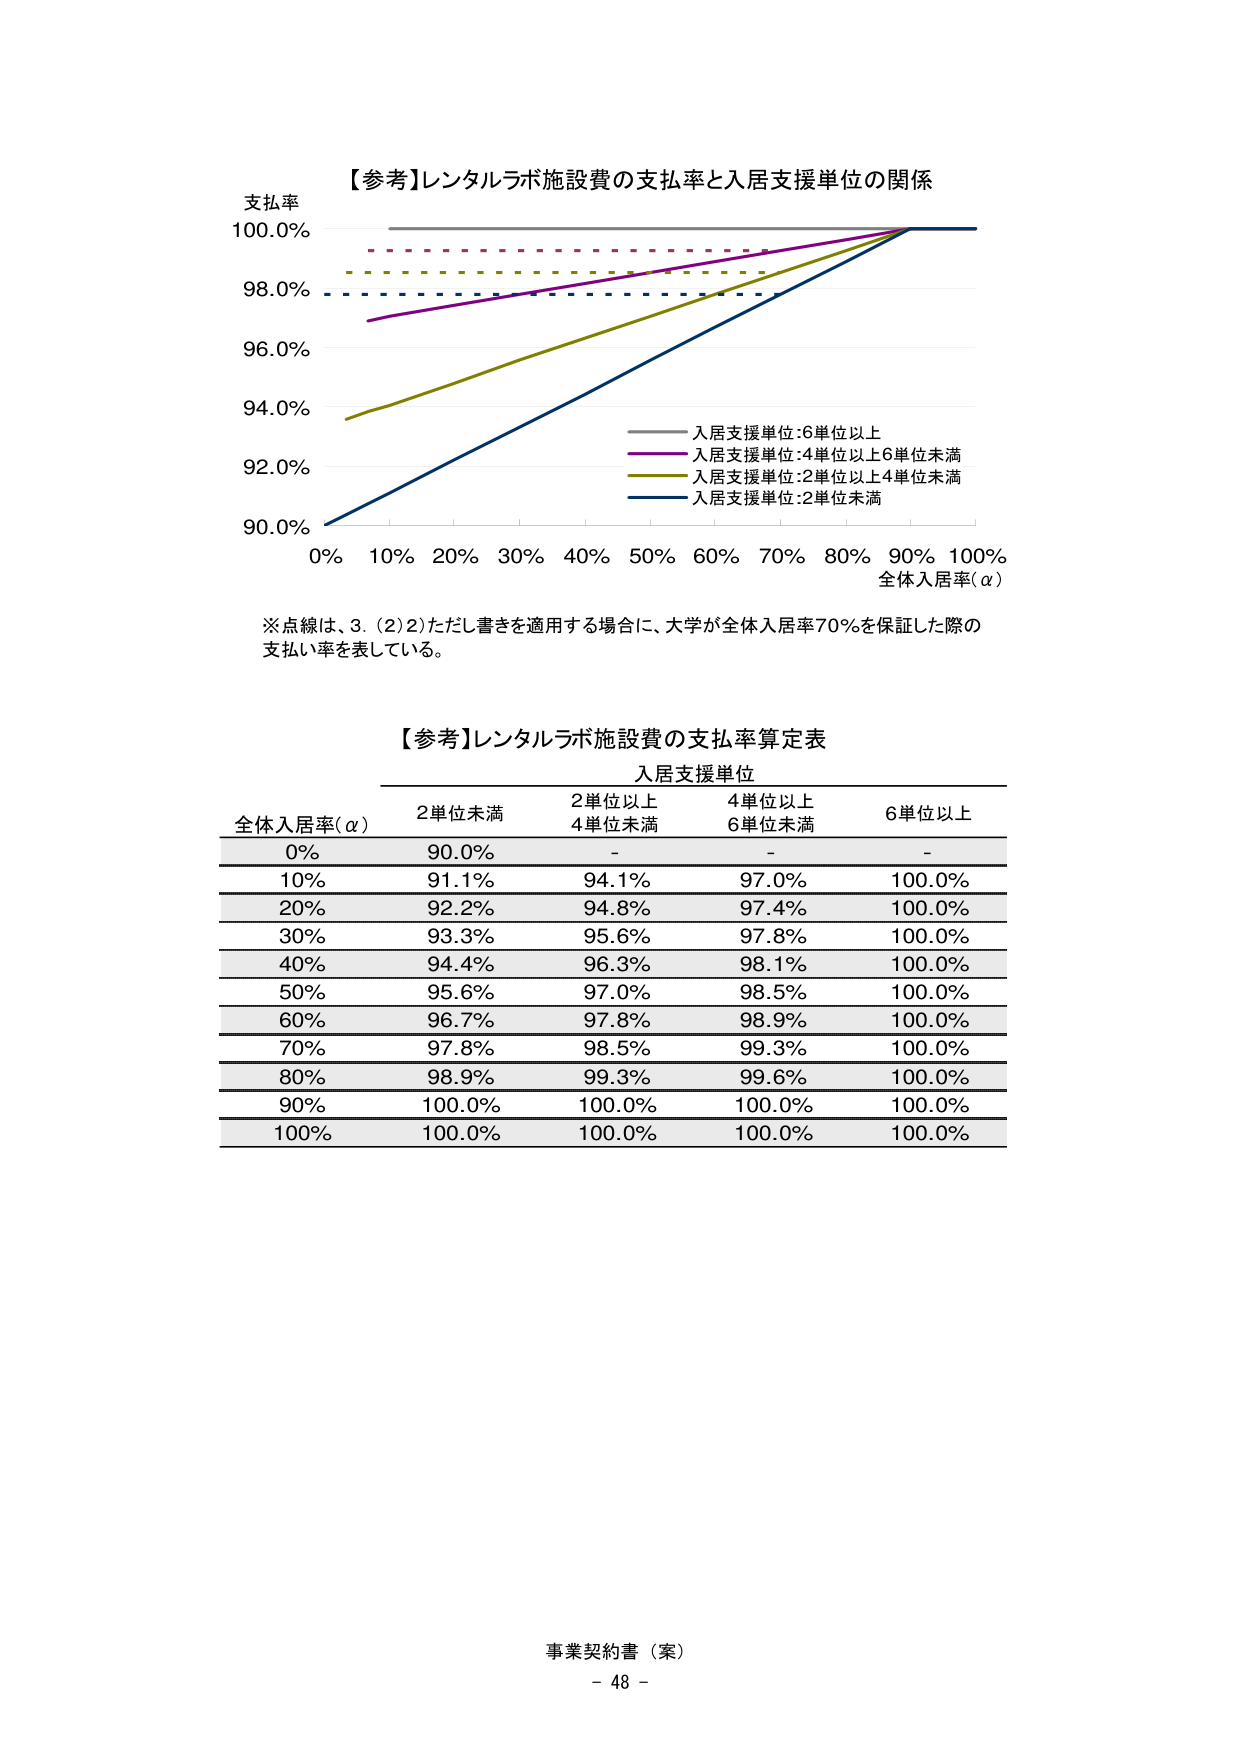
【参考】レンタルラボ施設費の支払率と入居支援単位の関係
支払率
100.0%
98.0%
96.0%
94.0%
92.0%
90.0%
0% 10% 20% 30% 40% 50% 60% 70% 80% 90% 100%
全体入居率(α)
―― 入居支援単位:6単位以上
―― 入居支援単位:4単位以上6単位未満
―― 入居支援単位:2単位以上4単位未満
―― 入居支援単位:2単位未満
※点線は、3.（2）2）ただし書きを適用する場合に、大学が全体入居率70%を保証した際の支払い率を表している。

【参考】レンタルラボ施設費の支払率算定表
入居支援単位
全体入居率(α) 2単位未満 2単位以上4単位未満 4単位以上6単位未満 6単位以上
0% 90.0% - - -
10% 91.1% 94.1% 97.0% 100.0%
20% 92.2% 94.8% 97.4% 100.0%
30% 93.3% 95.6% 97.8% 100.0%
40% 94.4% 96.3% 98.1% 100.0%
50% 95.6% 97.0% 98.5% 100.0%
60% 96.7% 97.8% 98.9% 100.0%
70% 97.8% 98.5% 99.3% 100.0%
80% 98.9% 99.3% 99.6% 100.0%
90% 100.0% 100.0% 100.0% 100.0%
100% 100.0% 100.0% 100.0% 100.0%

事業契約書（案）
- 48 -